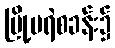
မြို့မရဲစခန်း၌